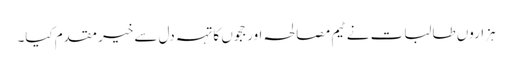
ہزاروں طالبات نے ٹیم مصالحہ اور ججوں کا تہہ دل سے خیر مقدم کیا۔